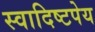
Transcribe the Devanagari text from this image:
स्वादिष्टपेय